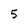
Character: 5